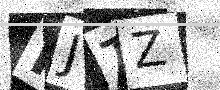
Text: PJTZ